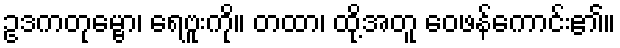
ဥဒကတုမ္ဗော၊ ရေဗူးကို။ တထာ၊ ထို့အတူ ဝေဖန်ကောင်း၏။